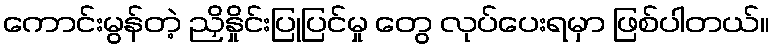
ကောင်းမွန်တဲ့ ညှိနှိုင်းပြုပြင်မှု တွေ လုပ်ပေးရမှာ ဖြစ်ပါတယ်။